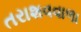
તરાશવવાળા